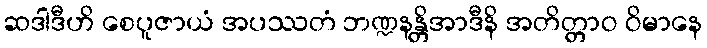
ဆဒါဒီဟိ စေပူဇာယံ အပဿတံ ဘဏ္ဍနန္တိအာဒီနိ အတိတ္တာဝ ဝိမာနေ